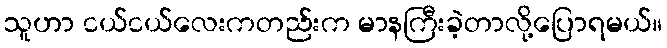
သူဟာ ငယ်ငယ်လေးကတည်းက မာနကြီးခဲ့တာလို့ပြောရမယ်။